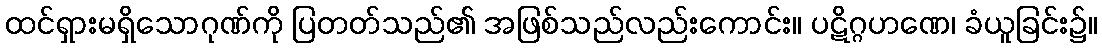
ထင်ရှားမရှိသောဂုဏ်ကို ပြတတ်သည်၏ အဖြစ်သည်လည်းကောင်း။ ပဋိဂ္ဂဟဏေ၊ ခံယူခြင်း၌။